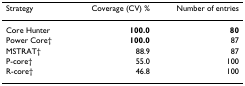
<table><thead><tr><td><b>Strategy</b></td><td><b>Coverage (CV) %</b></td><td><b>Number of entries</b></td></tr></thead><tbody><tr><td>Core Hunter</td><td><b>100.0</b></td><td><b>80</b></td></tr><tr><td>Power Core†</td><td><b>100.0</b></td><td>87</td></tr><tr><td>MSTRAT†</td><td>88.9</td><td>87</td></tr><tr><td>P-core†</td><td>55.0</td><td>100</td></tr><tr><td>R-core†</td><td>46.8</td><td>100</td></tr></tbody></table>